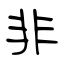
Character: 非